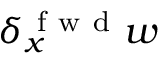
\delta _ { x } ^ { \mathrm { ~ f ~ w ~ d ~ } } w